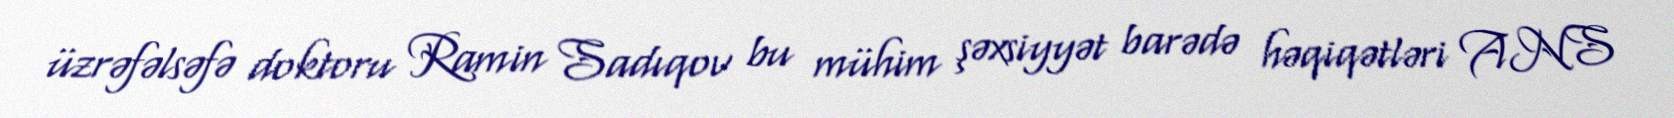
üzrəfəlsəfə doktoru Ramin Sadıqov bu mühim şəxsiyyət barədə həqiqətləri ANS